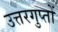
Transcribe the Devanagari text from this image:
उत्तरगुप्तों